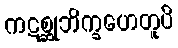
ကဋစ္ဆုဘိက္ခဟေတူပိ